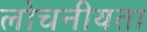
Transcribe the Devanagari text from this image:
लोचनीयता